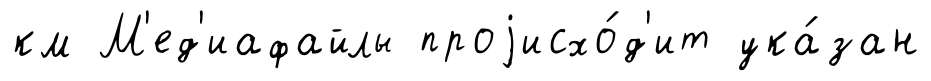
км М'ед'иафайлы проjисхо́д'ит ука́зан